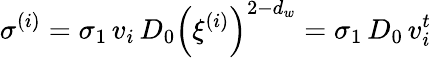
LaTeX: \sigma^{(i)}=\sigma_{1}\, v_{i}\, D_{0}\left(\xi^{(i)}\right)^{2-d_{w}}=\sigma_{1}\, D_{0}\, v_{i}^{t}